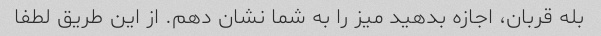
بله قربان، اجازه بدهید میز را به شما نشان دهم. از این طریق لطفا